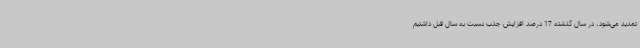
تمدید می‌شود، در سال گذشته 17 درصد افزایش جذب نسبت به سال قبل داشتیم